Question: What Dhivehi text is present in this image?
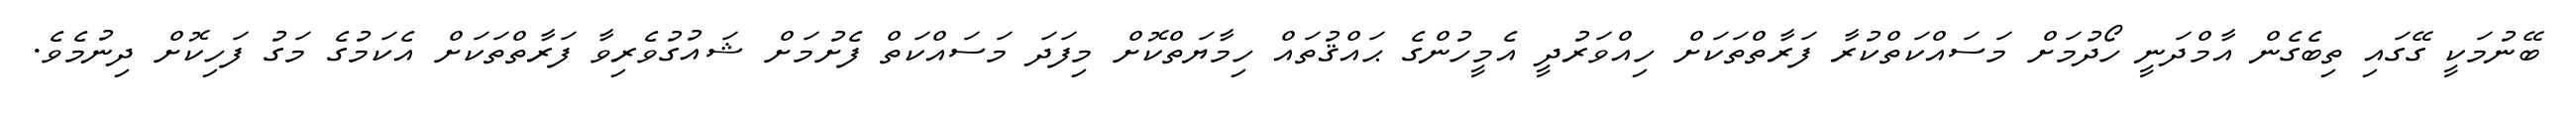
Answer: ބޭނުމަކީ ގޭގައި ތިބެގެން އާމްދަނީ ހޯދުމަށް މަސައްކަތްކުރާ ފަރާތްތަކަށް ހިއްވަރުދީ އެމީހުންގެ ޙައްޤުތައް ހިމާޔަތްކޮށް މިފަދަ މަސައްކަތް ފެށުމަށް ޝައުގުވެރިވާ ފަރާތްތަކަށް އެކަމުގެ މަގު ފަހިކޮށް ދިނުމެވެ.